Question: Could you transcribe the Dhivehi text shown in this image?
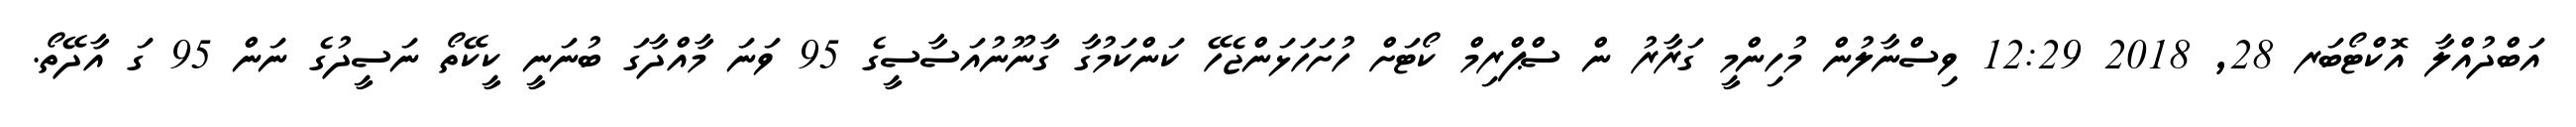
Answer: އަބްދުއްލާ އޮކްޓޯބަރ 28, 2018 12:29 ވިސްނާލުން މުހިންމީ ގަރާރު ން ސްޕްރިމް ކޯޓަށް ހުށަހަޅަންޖެހޭ ކަންކަމުގާ ގާނޫނުއަސާސީގެ 95 ވަނަ މާއްދާގަ ބުނަނީ ކީކޭތޯ ނަސީދުގެ ނަން 95 ގަ އާދޭތޯ.